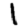
Digit: 1